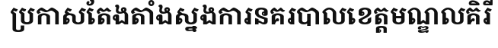
ប្រកាសតែងតាំងស្នងការនគរបាលខេត្តមណ្ឌលគិរី